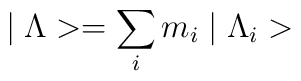
\mid \Lambda > = \sum_{i} m_{i} \mid \Lambda_{i} >